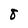
Character: 8